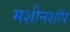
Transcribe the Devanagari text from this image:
मशीनशॉप